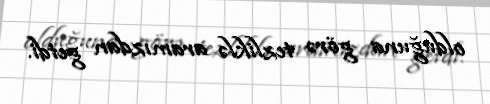
olduğuna görə tezliklə aramızdan getdi.